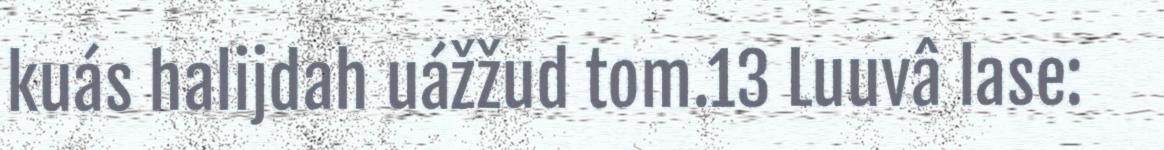
kuás halijdah uážžud tom.13 Luuvâ lase: